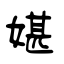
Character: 媅